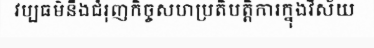
វប្បធម៌នឹងជំរុញកិច្ចសហប្រតិបត្តិការក្នុងវិស័យ